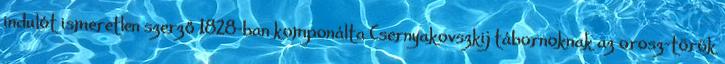
indulót ismeretlen szerző 1828-ban komponálta Csernyakovszkij tábornoknak az orosz–török